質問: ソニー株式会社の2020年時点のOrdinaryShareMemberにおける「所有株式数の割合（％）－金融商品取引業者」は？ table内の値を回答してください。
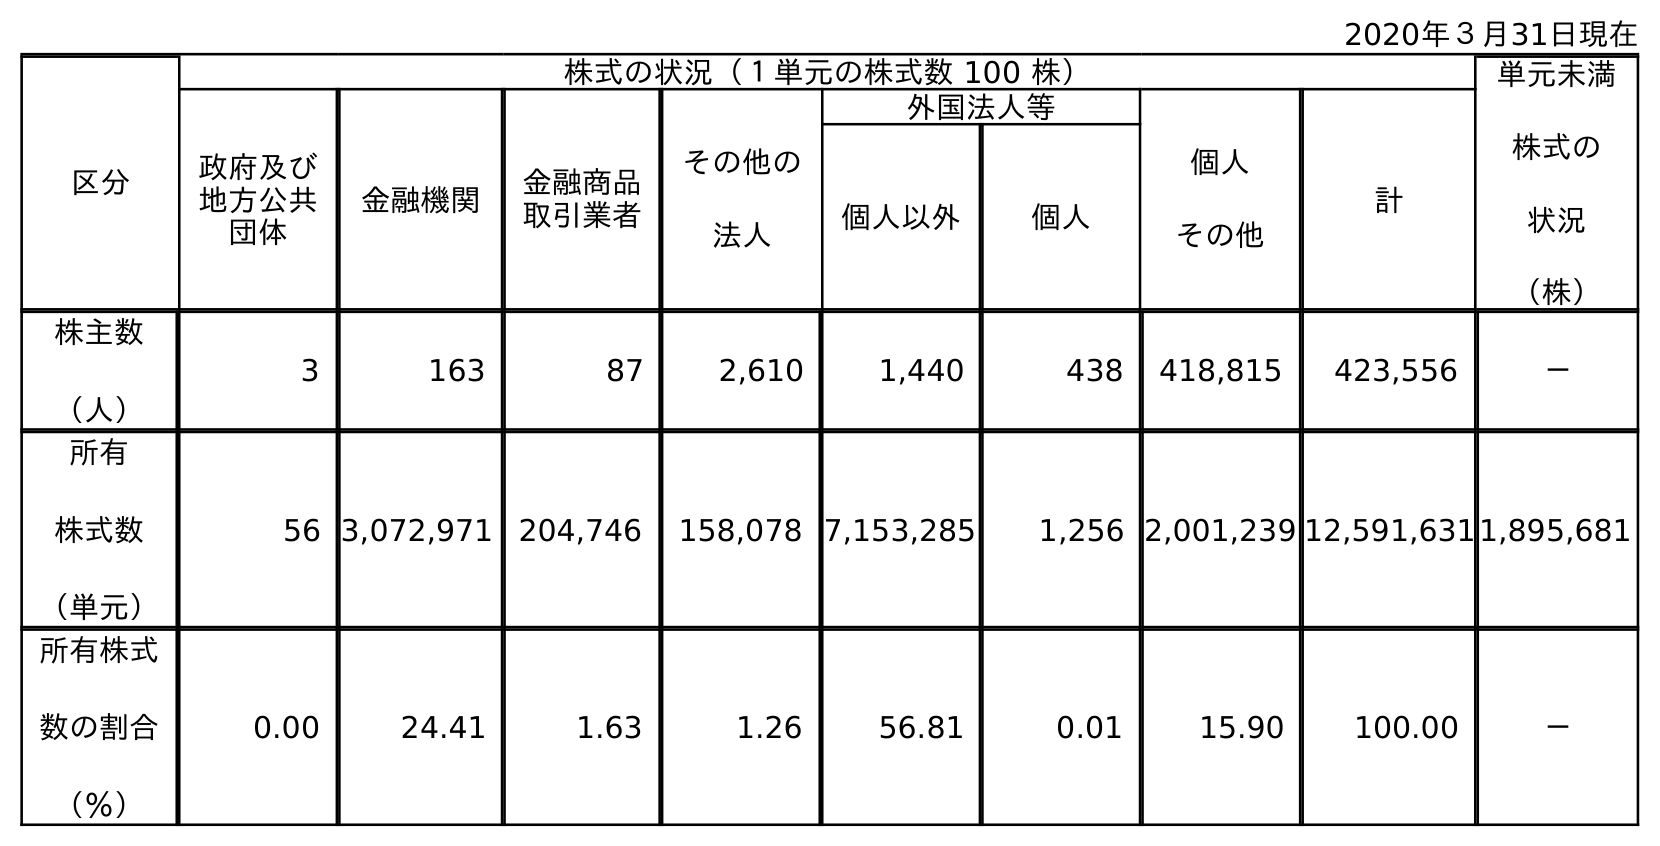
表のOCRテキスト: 2020年３月31日現在 区分 株式の状況（１単元の株式数 100 株） 単元未満 株式の 状況 （株） 政府及び 地方公共 団体 金融機関 金融商品 取引業者 その他の 法人 外国法人等 個人 その他 計 個人以外 個人 株主数 （人） 3 163 87 2,610 1,440 438 418,815 423,556 － 所有 株式数 （単元） 56 3,072,971 204,746 158,078 7,153,285 1,256 2,001,239 12,591,6311,895,681 所有株式 数の割合 （％） 0.00 24.41 1.63 1.26 56.81 0.01 15.90 100.00 －
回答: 1.63